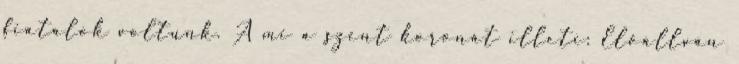
fiatalok voltunk. A mi a szent koronát illeti: Előállván